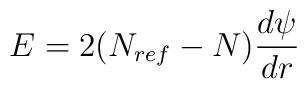
E = 2(N_{ref} - N) \frac{d \psi}{dr}